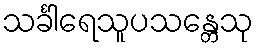
သင်္ခါရေသူပသန္တေသု